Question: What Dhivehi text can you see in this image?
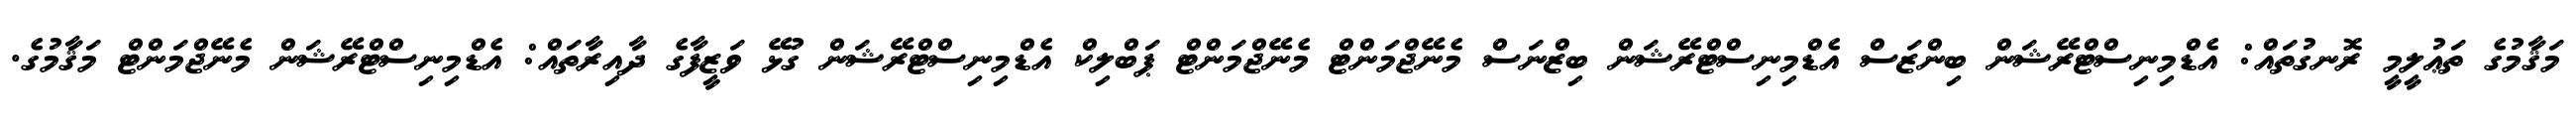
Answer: މަޤާމުގެ ތަޢުލީމީ ރޮނގުތައް: އެޑްމިނިސްޓްރޭޝަން ބިންޒަސް އެޑްމިނިސްޓްރޭޝަން ބިޒްނަސް މެނޭޖްމަންޓް މެނޭޖްމަންޓް ޕަބްލިކް އެޑްމިނިސްޓްރޭޝަން ގުޅޭ ވަޒީފާގެ ދާއިރާތައް: އެޑްމިނިސްޓްރޭޝަން މެނޭޖްމަންޓް މަޤާމުގެ.